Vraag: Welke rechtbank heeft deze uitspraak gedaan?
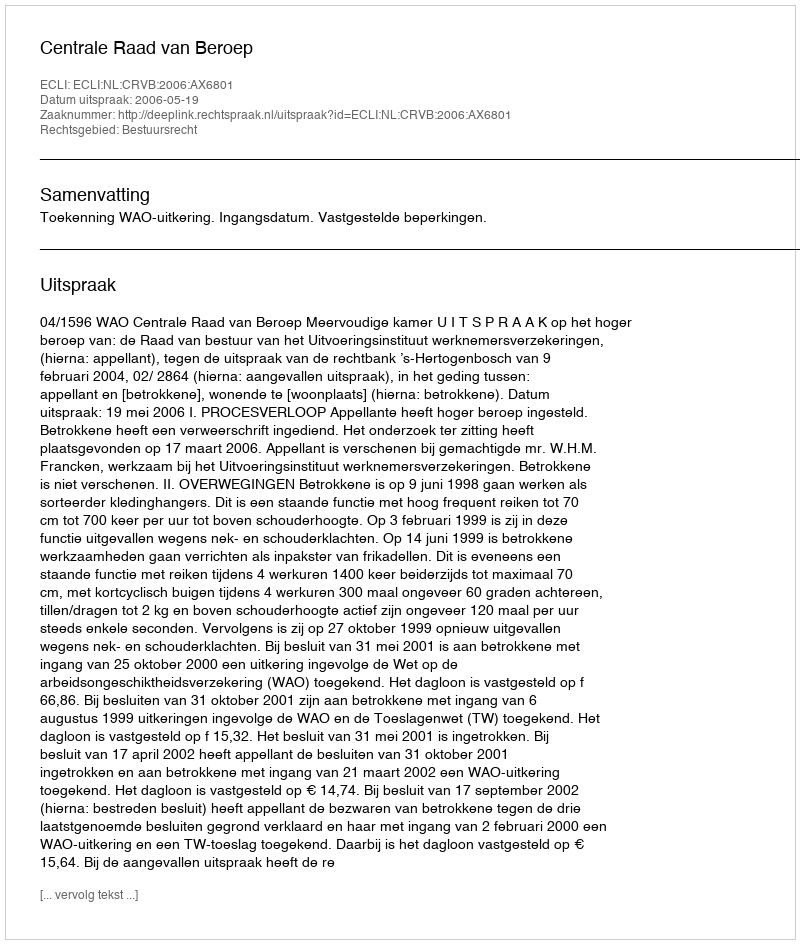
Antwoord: Centrale Raad van Beroep